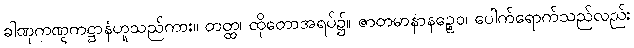
ခါဏုကဏ္ဋကဋ္ဌာနံဟူသည်ကား။ တတ္ထ၊ ထိုတောအရပ်၌။ ဇာတမာနာနဉ္စေဝ၊ ပေါက်ရောက်သည်လည်း